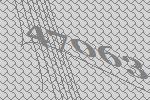
47063